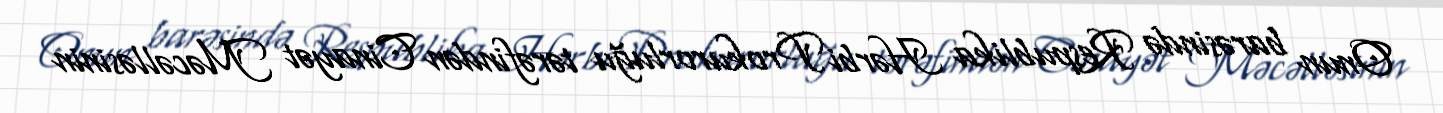
Onun barəsində Respublika Hərbi Prokurorluğu tərəfindən Cinayət Məcəlləsinin